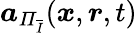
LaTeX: \boldsymbol{a}_{\mathit{\Pi}_{\overline{{I}}}}(\boldsymbol{x},\boldsymbol{r},t)